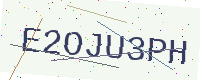
Text: E2OJU3PH